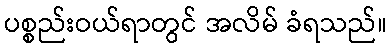
ပစ္စည်းဝယ်ရာတွင် အလိမ် ခံရသည်။